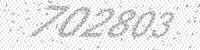
Solution: 702803